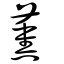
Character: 薫